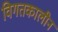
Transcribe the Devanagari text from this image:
विगतकालीन